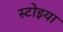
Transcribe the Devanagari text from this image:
स्टोइया